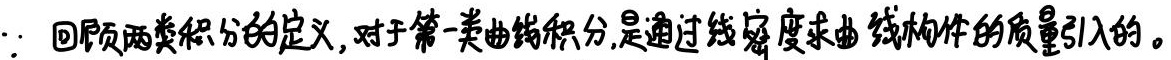
$\because$ 回顾两类积分的定义, 对于第一类曲线积分, 是通过线密度求曲线构件的质量引入的。